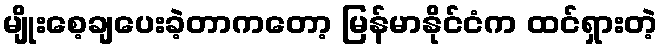
မျိုးစေ့ချပေးခဲ့တာကတော့ မြန်မာနိုင်ငံက ထင်ရှားတဲ့